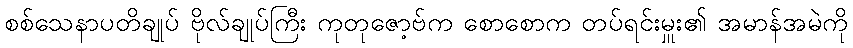
စစ်သေနာပတိချုပ် ဗိုလ်ချုပ်ကြီး ကုတုဇော့ဗ်က စောစောက တပ်ရင်းမှူး၏ အမာန်အမဲကို